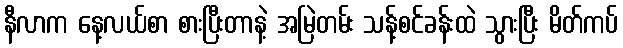
နီလာက နေ့လယ်စာ စားပြီးတာနဲ့ အမြဲတမ်း သန့်စင်ခန်းထဲ သွားပြီး မိတ်ကပ်